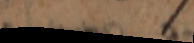
t